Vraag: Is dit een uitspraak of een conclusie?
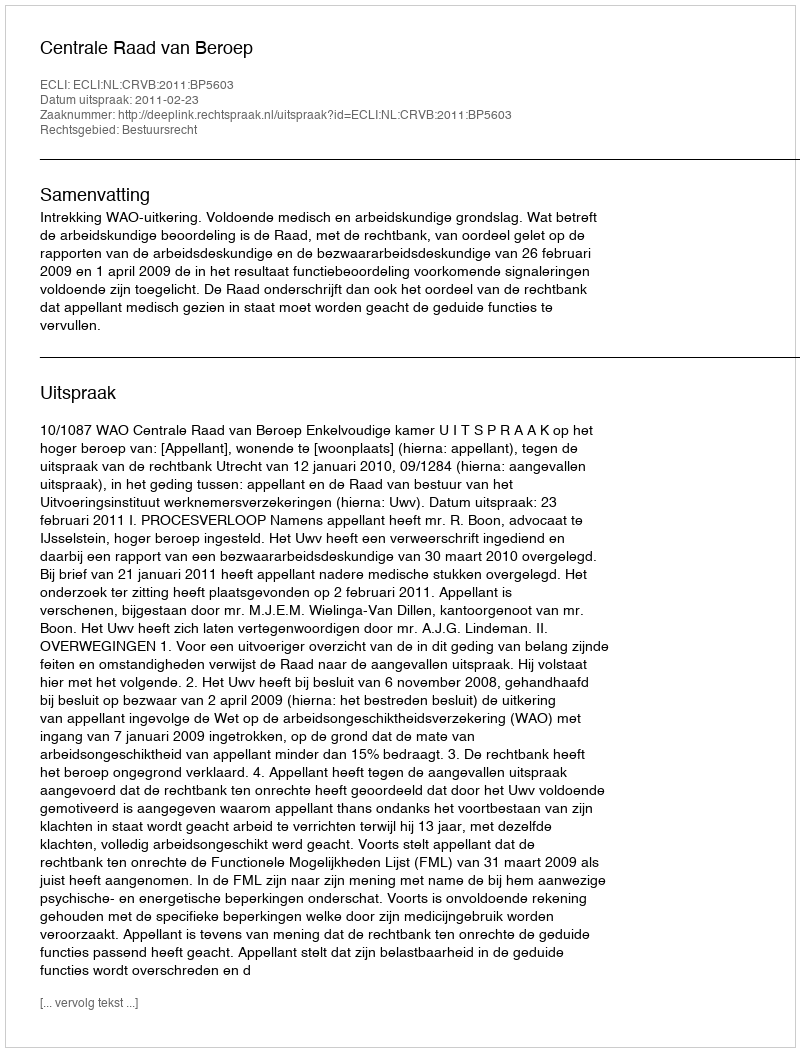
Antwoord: Uitspraak